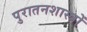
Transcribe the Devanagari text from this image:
पुरातनशास्त्रों